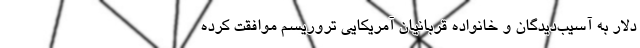
دلار به آسیب‌دیدگان و خانواده قربانیان آمریکایی تروریسم موافقت کرده